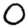
Digit: 0